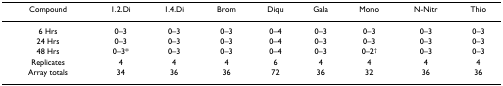
<table><thead><tr><td><b>Compound</b></td><td><b>1.2.Di</b></td><td><b>1.4.Di</b></td><td><b>Brom</b></td><td><b>Diqu</b></td><td><b>Gala</b></td><td><b>Mono</b></td><td><b>N-Nitr</b></td><td><b>Thio</b></td></tr></thead><tbody><tr><td>6 Hrs</td><td>0–3</td><td>0–3</td><td>0–3</td><td>0–4</td><td>0–3</td><td>0–3</td><td>0–3</td><td>0–3</td></tr><tr><td>24 Hrs</td><td>0–3</td><td>0–3</td><td>0–3</td><td>0–4</td><td>0–3</td><td>0–3</td><td>0–3</td><td>0–3</td></tr><tr><td>48 Hrs</td><td>0–3*</td><td>0–3</td><td>0–3</td><td>0–4</td><td>0–3</td><td>0–2<sup>†</sup></td><td>0–3</td><td>0–3</td></tr><tr><td>Replicates</td><td>4</td><td>4</td><td>4</td><td>6</td><td>4</td><td>4</td><td>4</td><td>4</td></tr><tr><td>Array totals</td><td>34</td><td>36</td><td>36</td><td>72</td><td>36</td><td>32</td><td>36</td><td>36</td></tr></tbody></table>